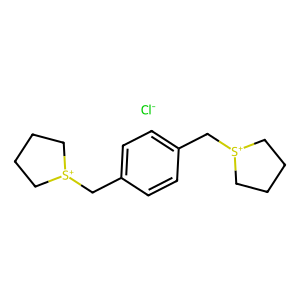
SMILES: [Cl-].c1cc(C[S+]2CCCC2)ccc1C[S+]1CCCC1
Inhibits HIV replication: No